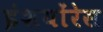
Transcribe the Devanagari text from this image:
इंशयोंरेस